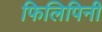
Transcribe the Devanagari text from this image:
फिलिपिनी